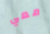
معي